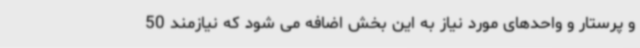
و پرستار و واحدهای مورد نیاز به این بخش اضافه می شود که نیازمند 50